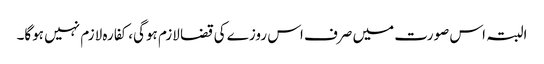
البتہ اس صورت میں صرف اس روزے کی قضا لازم ہوگی، کفارہ لازم نہیں ہوگا۔